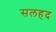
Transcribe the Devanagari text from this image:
सलहद